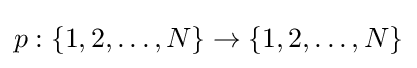
p:\{1,2,\dots ,N\}\to \{1,2,\dots ,N\}